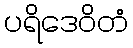
ပရိဒေဝိတံ